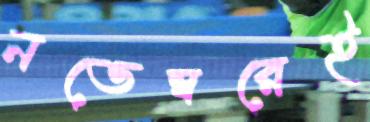
নভেম্বরেই